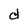
Character: d